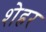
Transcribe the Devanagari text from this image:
शेह्रर